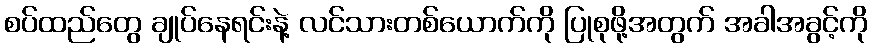
စပ်ထည်တွေ ချုပ်နေရင်းနဲ့ လင်သားတစ်ယောက်ကို ပြုစုဖို့အတွက် အခါအခွင့်ကို